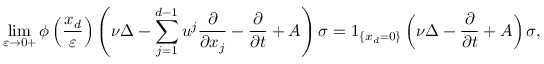
\operatorname* { l i m } _ { \varepsilon \rightarrow 0 + } \phi \left( \frac { x _ { d } } { \varepsilon } \right) \left( \nu \Delta - \sum _ { j = 1 } ^ { d - 1 } u ^ { j } \frac { \partial } { \partial x _ { j } } - \frac { \partial } { \partial t } + A \right) \sigma = 1 _ { \{ x _ { d } = 0 \} } \left( \nu \Delta - \frac { \partial } { \partial t } + A \right) \sigma ,